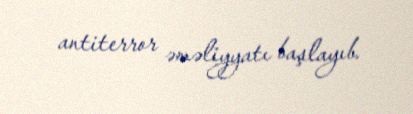
antiterror əməliyyatı başlayıb.